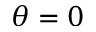
\theta = 0